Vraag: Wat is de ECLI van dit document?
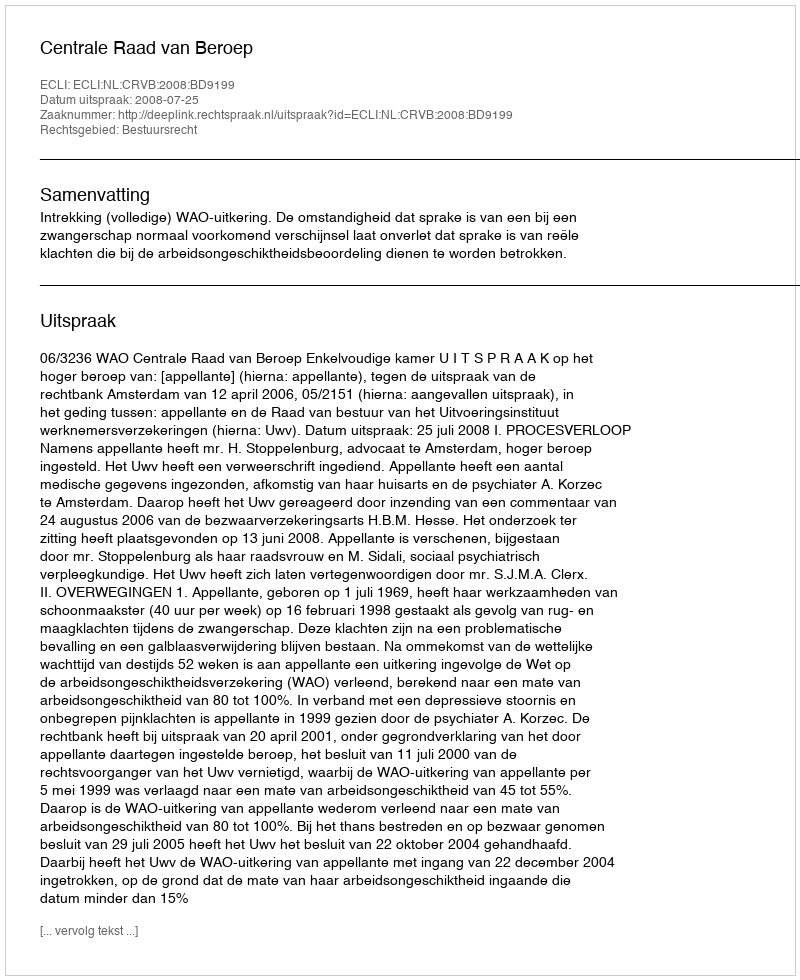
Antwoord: ECLI:NL:CRVB:2008:BD9199